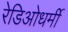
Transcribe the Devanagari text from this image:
रेडिओधर्मी